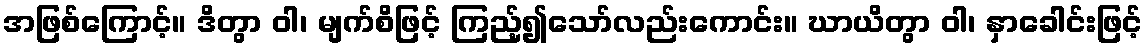
အဖြစ်ကြောင့်။ ဒိတွာ ဝါ၊ မျက်စိဖြင့် ကြည့်၍သော်လည်းကောင်း။ ဃာယိတွာ ဝါ၊ နှာခေါင်းဖြင့်